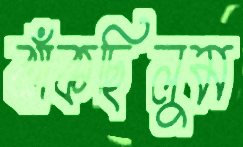
ঝাঁকছিলুম